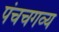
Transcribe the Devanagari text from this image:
पंचचगव्य